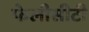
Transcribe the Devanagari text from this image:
फेलीसीटी